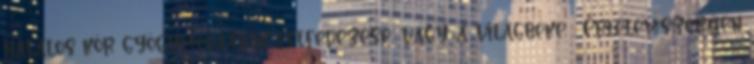
halálos kór gyógymódjának felfedezése, vagy a világbéke . Értelemszerűen